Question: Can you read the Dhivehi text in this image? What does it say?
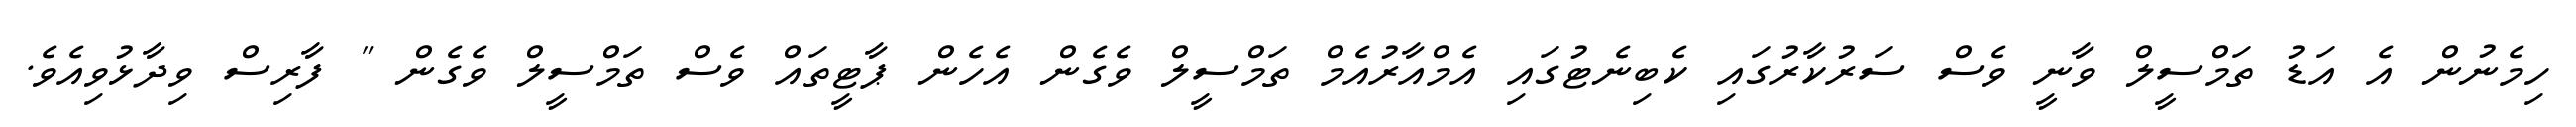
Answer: ހިމެނުން އެ އަޑު ތަމްސީލް ވާނީ ވެސް ސަރުކާރުގައި ކެބިނެޓުގައި އެމްއާރުއެމް ތަމްސީލް ވެގެން އެހެން ޕާޓީތައް ވެސް ތަމްސީލް ވެގެން " ފާރިސް ވިދާޅުވިއެވެ.